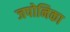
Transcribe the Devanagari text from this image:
जपोनिका